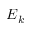
E _ { k }